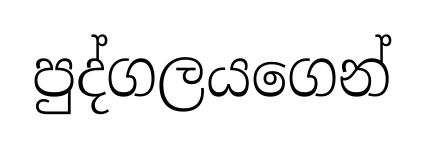
පුද්ගලයගෙන්